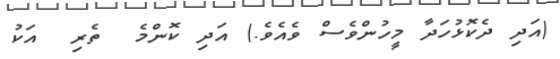
(އަދި ދެކޮޅުހަދާ މީހުންވެސް ވެއެވެ.) އަދި ކޮންމެ  ތެރި  އަކު